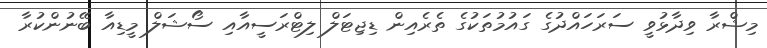
މިޝްރާ ވިދާޅުވީ ސަރަހައްދުގެ ގައުމުތަކުގެ ތެރެއިން ޑިޖިޓަލް ލިޓްރަސީއާއި ސޯޝަލް މީޑިއާ ބޭނުންކުރާ